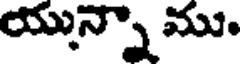
యున్నా ము.